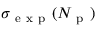
\sigma _ { \mathrm { ~ e ~ x ~ p ~ } } ( N _ { \mathrm { ~ p ~ } } )